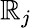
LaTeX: \mathbb{R}_{j}